Annual statistical returns and brief notes on vaccination in Bengal - 1909-1929
Year: 1909
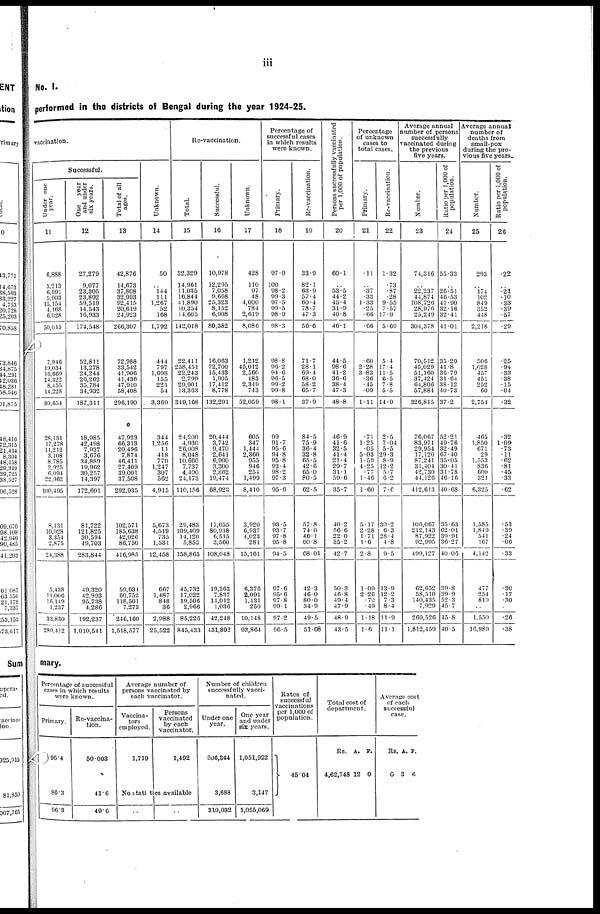
iii
No. I.
performed in the districts of Bengal during the year 1924-25.
vaccination.
Successful.
Under one
year.
11
6,888
5,213
6,691
5,903
15,154
4,168
6,028
50,015
7,946
19,034
16,669
14,322
8,455
14,228
80,654
28,131
17,278
11,212
3,108
8,785
2,925
6,094
22,962
100,495
8,131
10,028
3,354
2,875
24,388
5,438
11,006
16,149
1,237
33,830
289,412
One year
and under
six years.
12
27,279
9,077
23,305
23,892
59,519
14,543
16,933
174,548
52,811
13,278
24,244
26,262
35,784
34,932
187,311
18,985
42,498
7,937
3,676
34,889
19,962
30,257
14,397
172,601
81,722
121,825
30,594
49,703
283,844
49,320
42,893
95,738
4,286
192,237
1,010,541
Total of all
ages.
13
42,876
14,673
37,808
32,993
92,415
20,619
24,923
266,307
72,988
33,542
41,906
41,436
47,910
58,408
296,190
47,923
66,313
20,496
7,874
46,411
27,409
39,001
37,508
292,935
102,571
185,638
42,026
86,750
416,985
59,634
60,752
118,501
7,273
246,160
1,518,577
Unknown.
14
50
..
144
111
1,267
52
168
1,792
444
797
1,698
155
221
54
3,369
344
1,256
11
418
770
1,247
307
562
4,915
5,673
4,519
735
1,531
12,458
667
1,487
848
36
2,988
25,522
Re-vaccination.
Total.
15
32,329
14,961
11,035
16,844
41,890
10,354
14,605
142,018
22,411
258,451
22,243
2,799
29,901
13,363
349,168
24,200
4,930
26,008
8,048
10,660
7,737
4,400
24,173
110,156
29,483
109,409
14,120
5,853
158,865
45,732
17,022
19,506
2,966
85,226
845,433
Successful.
16
10,978
12,295
7,058
9,668
25,323
8,152
6,908
80,382
16,063
72,700
15,433
1,905
17,412
8,778
132,291
20,444
3,742
9,470
2,641
6,990
3,300
2,862
19,474
68,923
17,055
80,918
6,515
3,560
108,048
19,363
7,837
14,012
1,036
42,248
431,892
Unknown.
17
428
110
97
48
4,000
784
2,619
8,086
1,212
45,012
2,560
183
2,349
743
52,059
605
347
1,444
2,360
955
946
254
1,499
8,410
3,920
6,937
4,023
281
15,161
6,376
2,091
1,431
250
10,148
93,864
Percentage of
successful cases
in which results
were known.
Primary.
18
97.9
100
98.2
99.3
97.5
99.5
98.9
98.3
98.8
96.2
94.6
96.5
99.2
99.8
98.1
99
91.7
95.6
94.8
95.8
93.4
98.2
97.3
95.6
93.5
93.7
97.8
95.8
94.5
97.6
95.6
97.8
99.1
97.2
96.5
Re-vaccination.
19
33.9
82.1
63.9
57.4
60.4
78.7
47.3
56.6
71.7
28.1
69.4
68.0
58.2
65.7
37.9
84.5
75.9
36.4
32.8
65.5
42.6
65.0
80.5
62.5
57.8
74.0
46.1
60.8
68.01
42.3
46.0
80.0
34.9
49.5
51.08
Persons successfully vaccinated
per 1,000 of population.
20
60.1
..
53.5
44.2
45.4
31.9
40.8
46.1
44.5
98.6
41.2
36.6
38.4
47.3
48.8
46.9
41.6
32.5
41.4
21.4
29.7
31.1
59.6
35.7
40.2
56.6
22.0
35.2
42.7
50.3
46.8
49.4
47.9
48.9
43.5
Percentage
of unknown
cases to
total cases.
Primary.
21
.11
..
.37
.33
1.33
.25
.66
.66
.60
2.28
3.83
.36
.45
.09
1.11
.71
1.25
.05
5.03
1.59
4.25
.77
1.46
1.60
5.17
2.28
1.71
1.6
2.8
1.09
2.26
.70
.49
1.18
1.6
Re-vaccination.
22
1.32
.73
.87
.28
9.55
7.57
17.9
5.69
5.4
17.4
11.5
6.5
7.8
5.5
14.9
2.5
7.04
5.5
29.3
8.9
12.2
5.7
6.2
7.6
30.2
6.3
28.4
4.8
9.5
13.9
12.2
7.3
8.4
11.9
11.1
Average annual
number of persons
successfully
vaccinated during
the previous
five years.
Number.
23
74,316
..
22,237
44,874
108,726
28,976
25,249
304,378
70,512
45,029
51,160
37,424
64,806
57,884
326,815
76,067
83,971
29,954
17,120
87,241
31,404
42,730
44,126
412,613
106,067
212,143
87,922
92,995
499,127
62,652
58,510
140,435
7,929
269,526
1,812,459
Ratio per 1,000 of
population.
24
55.33
..
26.51
46.53
41.90
32.16
32.41
41.01
35.29
41.8
36.79
31.64
38.12
40.73
37.2
52.21
49.76
32.49
67.40
35.05
30.41
31.78
46.16
40.68
35.63
62.01
39.91
36.27
40.06
39.8
39.9
52.3
45.7
45.8
40.5
Average annual
number of
deaths from
small-pox
during the pre-
vious five years.
Number.
25
293
..
174
102
849
352
448
2,218
506
1,028
457
451
252
60
2,754
465
1,850
671
29
1,553
836
600
321
6,325
1,585
1,849
541
167
4,142
477
254
819
..
1,550
16,989
Ratio per.1,000 of
population.
26
.22
..
.21
.10
.35
.39
.57
.29
.25
.94
.33
.38
.15
.04
.32
.32
1.09
.73
.11
.62
.81
.45
.33
.62
.53
.39
.24
.06
.33
.30
.17
.30
..
.26
.38
mary.
Percentage of successful
cases in which results
were known.
Primary.
96.4
86.3
96.3
Re-vaccina-
tion.
50.003
41.6
49.6
Average number of
persons vaccinated by
each vaccinator.
Vaccina-
tors
employed.
1,719
Persons
vaccinated
by each
vaccinator.
1,492
No statistics available
..
..
Number of children
successfully vacci-
nated.
Under one
year.
306,344
3,688
310,032
One year
and under
six years.
1,051,922
3,147
1,055,069
Rates of
successful
vaccinations
per 1,000 of
population.
45.04
Total cost of
department.
Rs.
4,62,748
A.
12
P.
0
Average cost
of each
successful
case.
Rs.
0
A.
3
P.
6